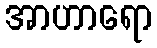
အာဟာရော